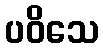
ပဝိသေ